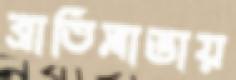
ব্রাতিস্লাভায়